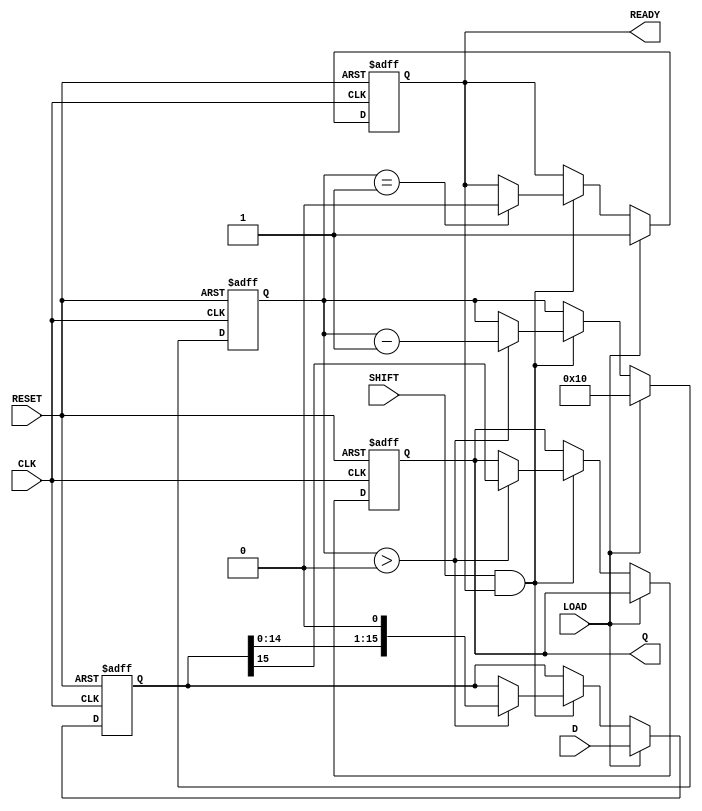
module PISO_Register (
    input wire [15:0] D,       // 16-bit parallel input data
    input wire LOAD,           // Load control signal
    input wire SHIFT,          // Shift control signal
    input wire CLK,            // Clock input
    input wire RESET,          // Asynchronous reset
    output reg Q,              // Serial output
    output reg READY           // Data ready signal
);

    reg [15:0] REG;            // Internal 16-bit shift register
    reg [4:0] bit_count;       // To count the number of bits shifted

    // Asynchronous reset logic
    always @(posedge CLK or posedge RESET) begin
        if (RESET) begin
            REG <= 16'b0;      // Clear the register on reset
            Q <= 1'b0;         // Clear the output
            READY <= 1'b0;     // Clear the ready signal
            bit_count <= 5'b0;  // Reset bit count
        end else if (LOAD) begin
            REG <= D;          // Load data when LOAD is high
            READY <= 1'b1;     // Indicate data is ready to shift
            bit_count <= 5'd16; // Set bit count to 16
        end else if (SHIFT && READY) begin
            if (bit_count > 0) begin
                Q <= REG[15];   // Output the MSB
                REG <= {REG[14:0], 1'b0}; // Shift left
                bit_count <= bit_count - 1; // Decrement bit count
            end
            
            // Indicate when shifting is done
            if (bit_count == 1) begin
                READY <= 1'b0;    // Reset ready signal when done
            end
        end
    end
endmodule